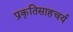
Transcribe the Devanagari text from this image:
प्रकृतिसाहचर्य